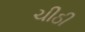
ચીઠી